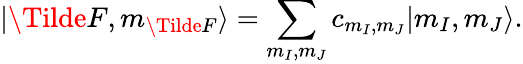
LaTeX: \lvert\Tilde{F},m_{\Tilde{F}}\rangle=\sum_{m_{I},m_{J}}c_{m_{I},m_{J}}\lvert m_{I},m_{J}\rangle.